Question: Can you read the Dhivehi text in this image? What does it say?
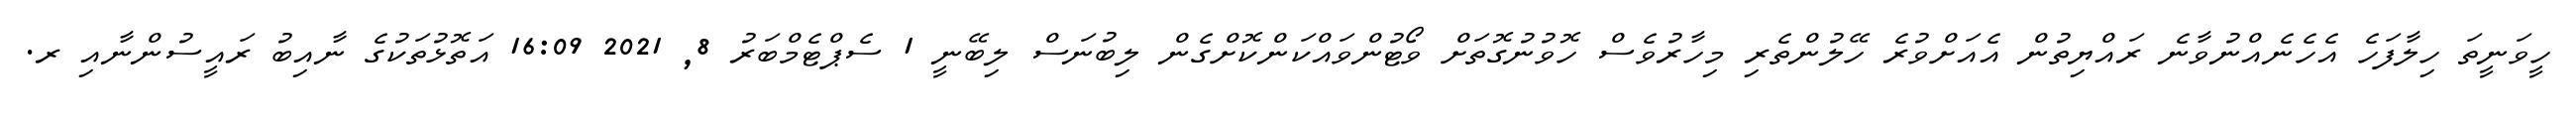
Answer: ހީވަނީތަ ހިލާފަހެ އެހެނެއްނުވާނެ ރައްޔިތުން އެއަށްވުރެ ހޭލުންތެރި މިހާރުވެސް ހޮވުނުގޮތަށް ވޯޓުންވައްކަންކޮށްގެން ލިބުނަސް ލިބޭނީ 1 ސެޕްޓެމްބަރު 8, 2021 16:09 އަތޮޅުތަކުގެ ނާއިބު ރައީސުންނާއި ރ.